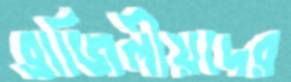
ব্রাজিলীয়দের